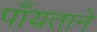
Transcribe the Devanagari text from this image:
पाँयताने